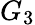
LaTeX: G_{3}